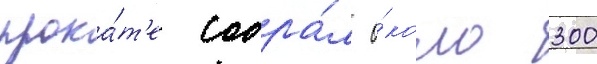
прока́т'е собра́л о́коло 300